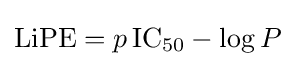
{\mathrm {LiPE} }={p\,\mathrm {IC} {\vphantom {A}}_{\smash[{t}]{50}}}-\log P